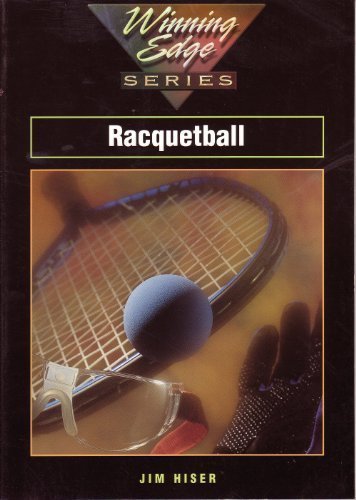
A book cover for Racquetball, Winning Edge; Jim Hiser; Sports & Outdoors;